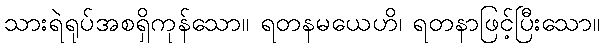
သားရဲရုပ်အစရှိကုန်သော။ ရတနမယေဟိ၊ ရတနာဖြင့်ပြီးသော။